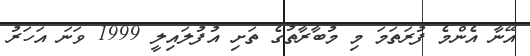
އޭނާ އެންމެ ފުރަތަމަ މި މުބާރާތުގެ ތަށި އުފުލައިލީ 1999 ވަނަ އަހަރު